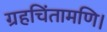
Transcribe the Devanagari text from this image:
ग्रहचिंतामणि।